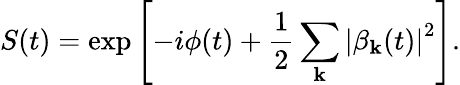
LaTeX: S(t)=\exp\left[-i\phi(t)+\frac{1}{2}\sum_{\mathbf{k}}\left|\beta_{\mathbf{k}}(t)\right|^{2}\right].